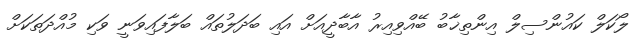
ލޯކަލް ކައުންސިލް އިންތިޚާބު ބޭއްވިއިރު އާބާދީއަށް އައި ބަދަލުތައް ބަލާފައިވަނީ ވަކި މުއްދަތަކަށް